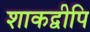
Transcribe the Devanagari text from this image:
शाकद्वीपि